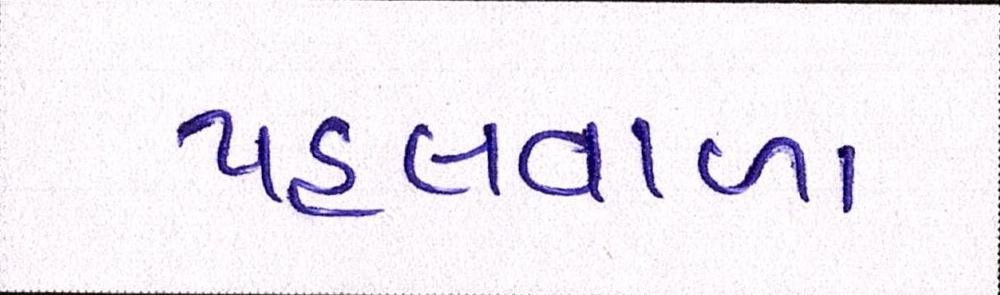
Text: પહલવાળા